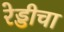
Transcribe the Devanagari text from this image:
रेड्डीचा